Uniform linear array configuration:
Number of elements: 32
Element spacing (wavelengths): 0.5
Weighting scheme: exponential
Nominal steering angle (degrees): -60
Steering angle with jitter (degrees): -60.888
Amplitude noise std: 0.05
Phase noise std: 0.05

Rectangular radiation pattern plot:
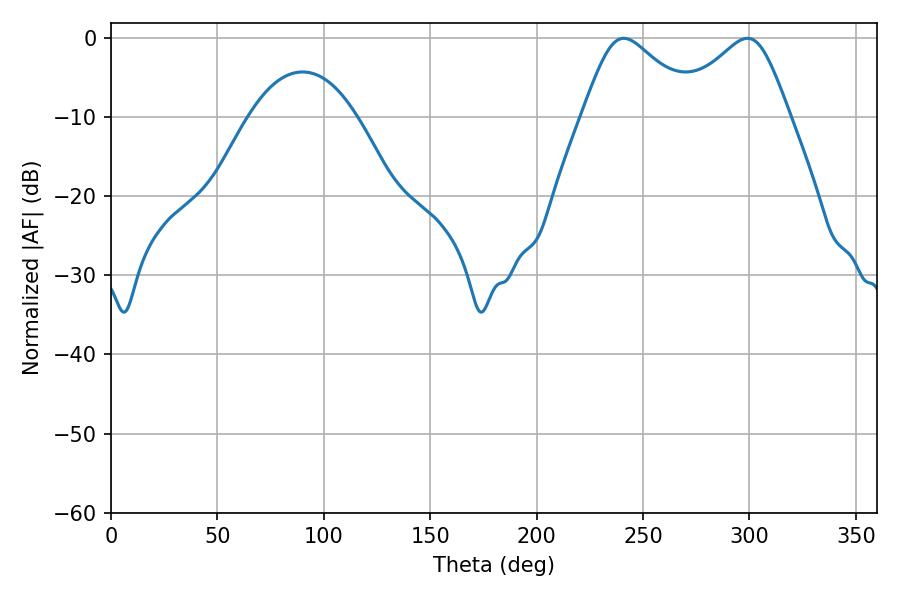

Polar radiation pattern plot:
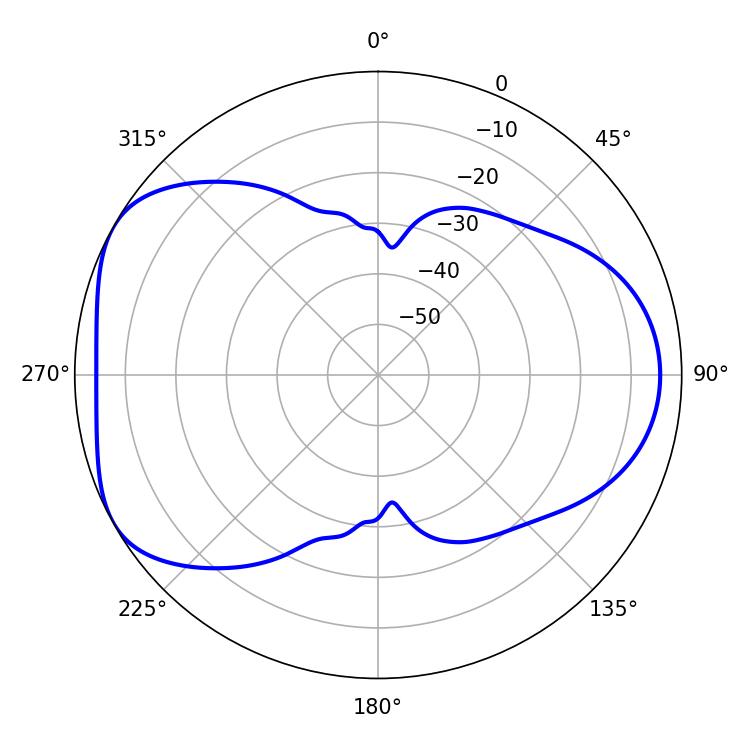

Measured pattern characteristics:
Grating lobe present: FALSE
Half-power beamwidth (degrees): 26.82
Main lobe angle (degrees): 298.98